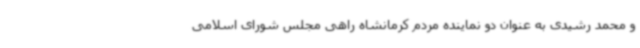
و محمد رشیدی به عنوان دو نماینده مردم کرمانشاه راهی مجلس شورای اسلامی